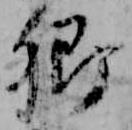
卿